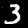
Label: 3